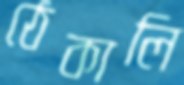
ঠেকালি